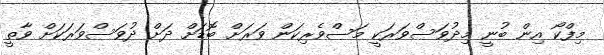
މިފްކޯ އިން ބުނީ މިދުވަސްވަރަކީ މަސްވެރިކަން ވަރަށް ބޮޑަށް ދަށް ދުވަސްވަރަކަށް ވާތީ